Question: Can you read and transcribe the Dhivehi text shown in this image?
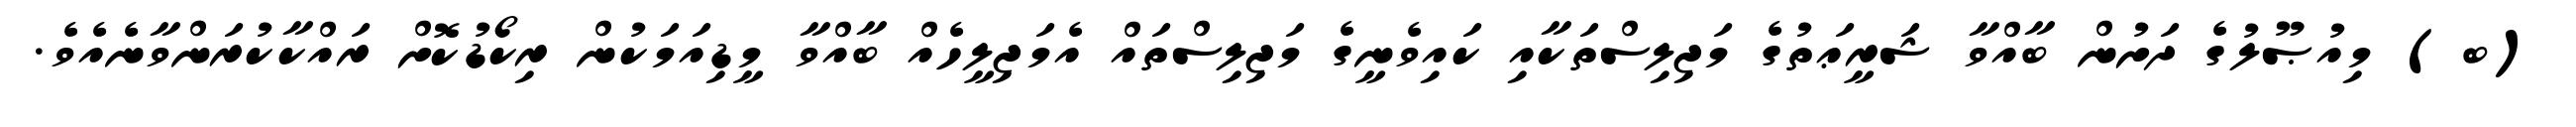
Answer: (ބ) މިއުޞޫލުގެ ދަށުން ބާއްވާ ޝަރީޢަތުގެ މަޖިލިސްތަކާއި ކައިވެނީގެ މަޖިލިސްތައް އެމަޖިލީހެއް ބާއްވާ މީޑިއަމަކުން ރިކޯޑުކޮށް ރައްކާކުރަންވާނެއެވެ.